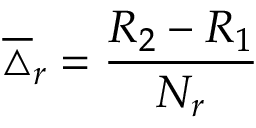
\overline { { \triangle } } _ { r } = \frac { R _ { 2 } - R _ { 1 } } { N _ { r } }